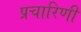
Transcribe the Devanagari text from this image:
प्रचारिणी